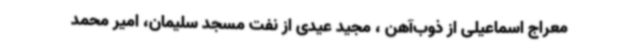
معراج اسماعیلی از ذوب‌آهن ، مجید عیدی از نفت مسجد سلیمان، امیر محمد